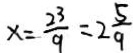
x = \frac { 2 3 } { 9 } = 2 \frac { 5 } { 9 }